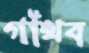
গাঁথব